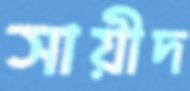
সায়ীদ